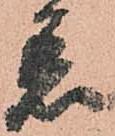
着